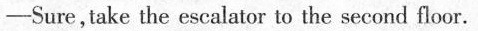
-Sure, take the escalator to thesecond floor.